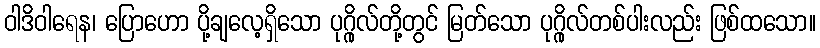
ဝါဒိဝါရေန၊ ပြောဟော ပို့ချလေ့ရှိသော ပုဂ္ဂိုလ်တို့တွင် မြတ်သော ပုဂ္ဂိုလ်တစ်ပါးလည်း ဖြစ်ထသော။